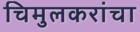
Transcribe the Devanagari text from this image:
चिमुलकरांचा